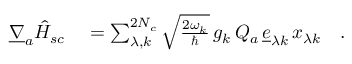
\begin{array} { r l } { \underline { { \nabla } } _ { a } \hat { H } _ { s c } } & { { } = \sum _ { \lambda , k } ^ { 2 N _ { c } } \sqrt { \frac { 2 \omega _ { k } } { \hbar } } \, g _ { k } \, Q _ { a } \, \underline { { e } } _ { \lambda k } \, x _ { \lambda k } \quad . } \end{array}